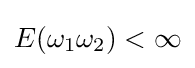
E(\omega _{1}\omega _{2})<\infty